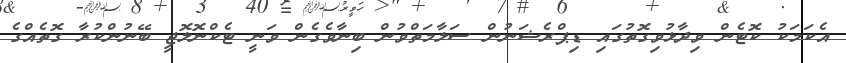
އެކަމަކު ކޮޓެން ވިދާޅުވިގޮތުގައި ޑިޕްރެޝަނުން ސަލާމަތްވުން ބިނާވެގެން ވަނީ ޓެކްނޮލޮޖީ ބޭނުންކުރާ ގޮތެއްގެ